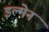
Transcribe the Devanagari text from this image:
इल्मेन